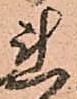
連